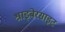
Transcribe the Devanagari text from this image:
श्राइबेरसाइट